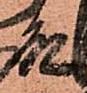
殿